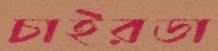
চাইরডা